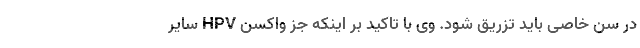
در سن خاصی باید تزریق شود. وی با تاکید بر اینکه جز واکسن HPV سایر